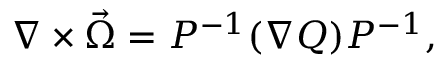
\nabla \times \vec { \Omega } = P ^ { - 1 } ( \nabla Q ) P ^ { - 1 } ,